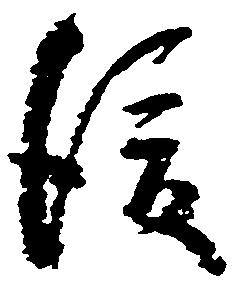
後